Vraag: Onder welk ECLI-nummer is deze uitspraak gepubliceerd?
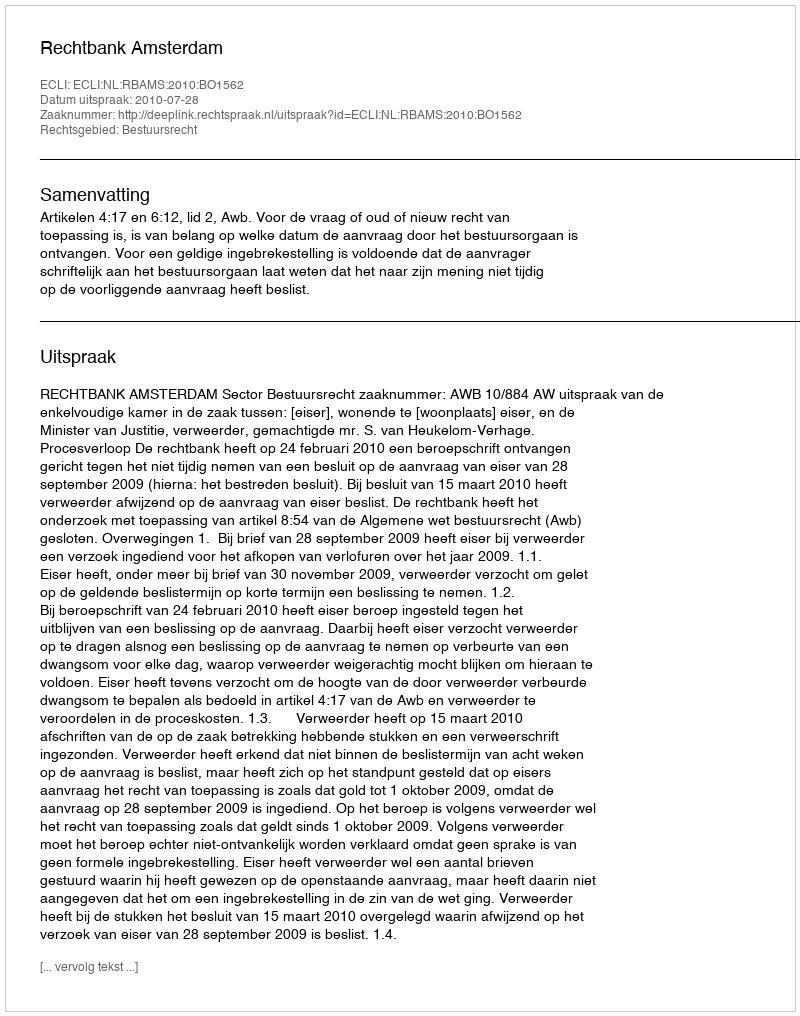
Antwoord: ECLI:NL:RBAMS:2010:BO1562